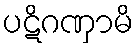
ပဋိဂဏှာမိ